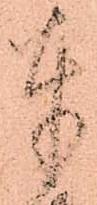
奉